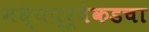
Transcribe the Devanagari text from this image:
मध्यपूर्वेकडचा